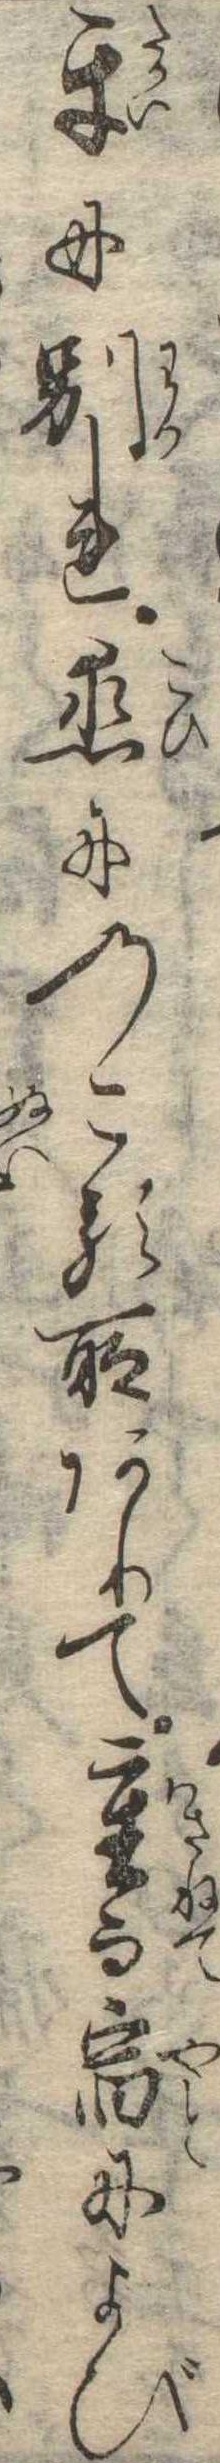
互に別れ恋にのこる所ありて重而宿によび